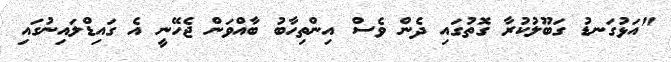
"އަޅުގަނޑު ގަބޫލުކުރާ ގޮތުގައި ދެން ވެސް އިންތިހާބު ބާއްވަން ޖެހޭނީ އެ ގައިޑްލައިނުގައި